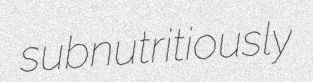
subnutritiously